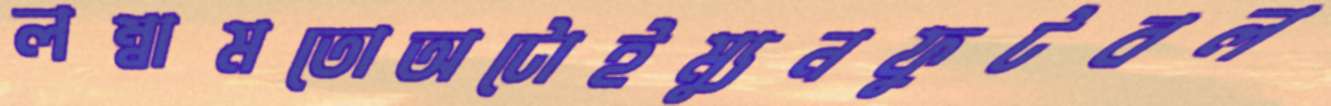
লম্বামতোঅটোইম্যুনফুটবল